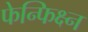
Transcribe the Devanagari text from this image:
फेन्फिक्ष्न